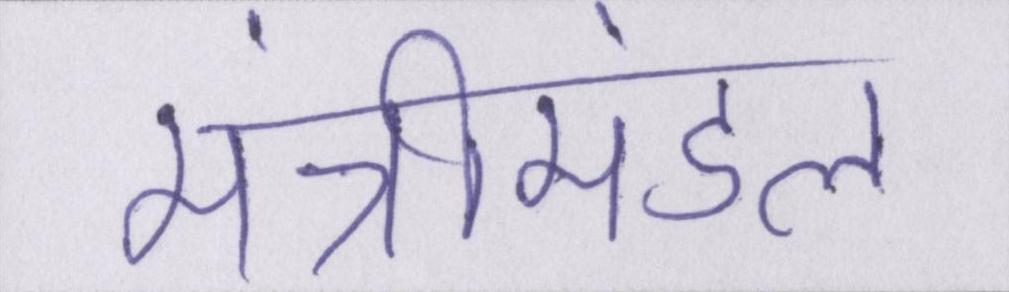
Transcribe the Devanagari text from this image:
मंत्रीमंडल